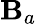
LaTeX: \mathbf{B}_{a}